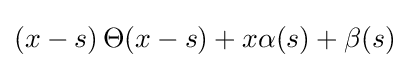
\left(x-s\right)\Theta (x-s)+x\alpha (s)+\beta (s)